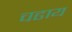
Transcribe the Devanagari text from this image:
चढाय